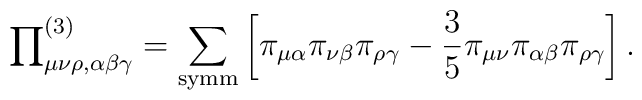
{\prod }_{\mu \nu \rho ,\alpha \beta \gamma }^{(3)}=\sum_{{\rm symm}}\left[\pi _{\mu \alpha }\pi _{\nu \beta }\pi _{\rho \gamma }-\frac{3}{5}\pi _{\mu\nu }\pi _{\alpha \beta }\pi _{\rho \gamma }\right] .